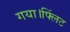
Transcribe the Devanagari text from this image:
गया।फ्लिंट